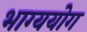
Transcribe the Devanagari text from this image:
भाग्ययोग